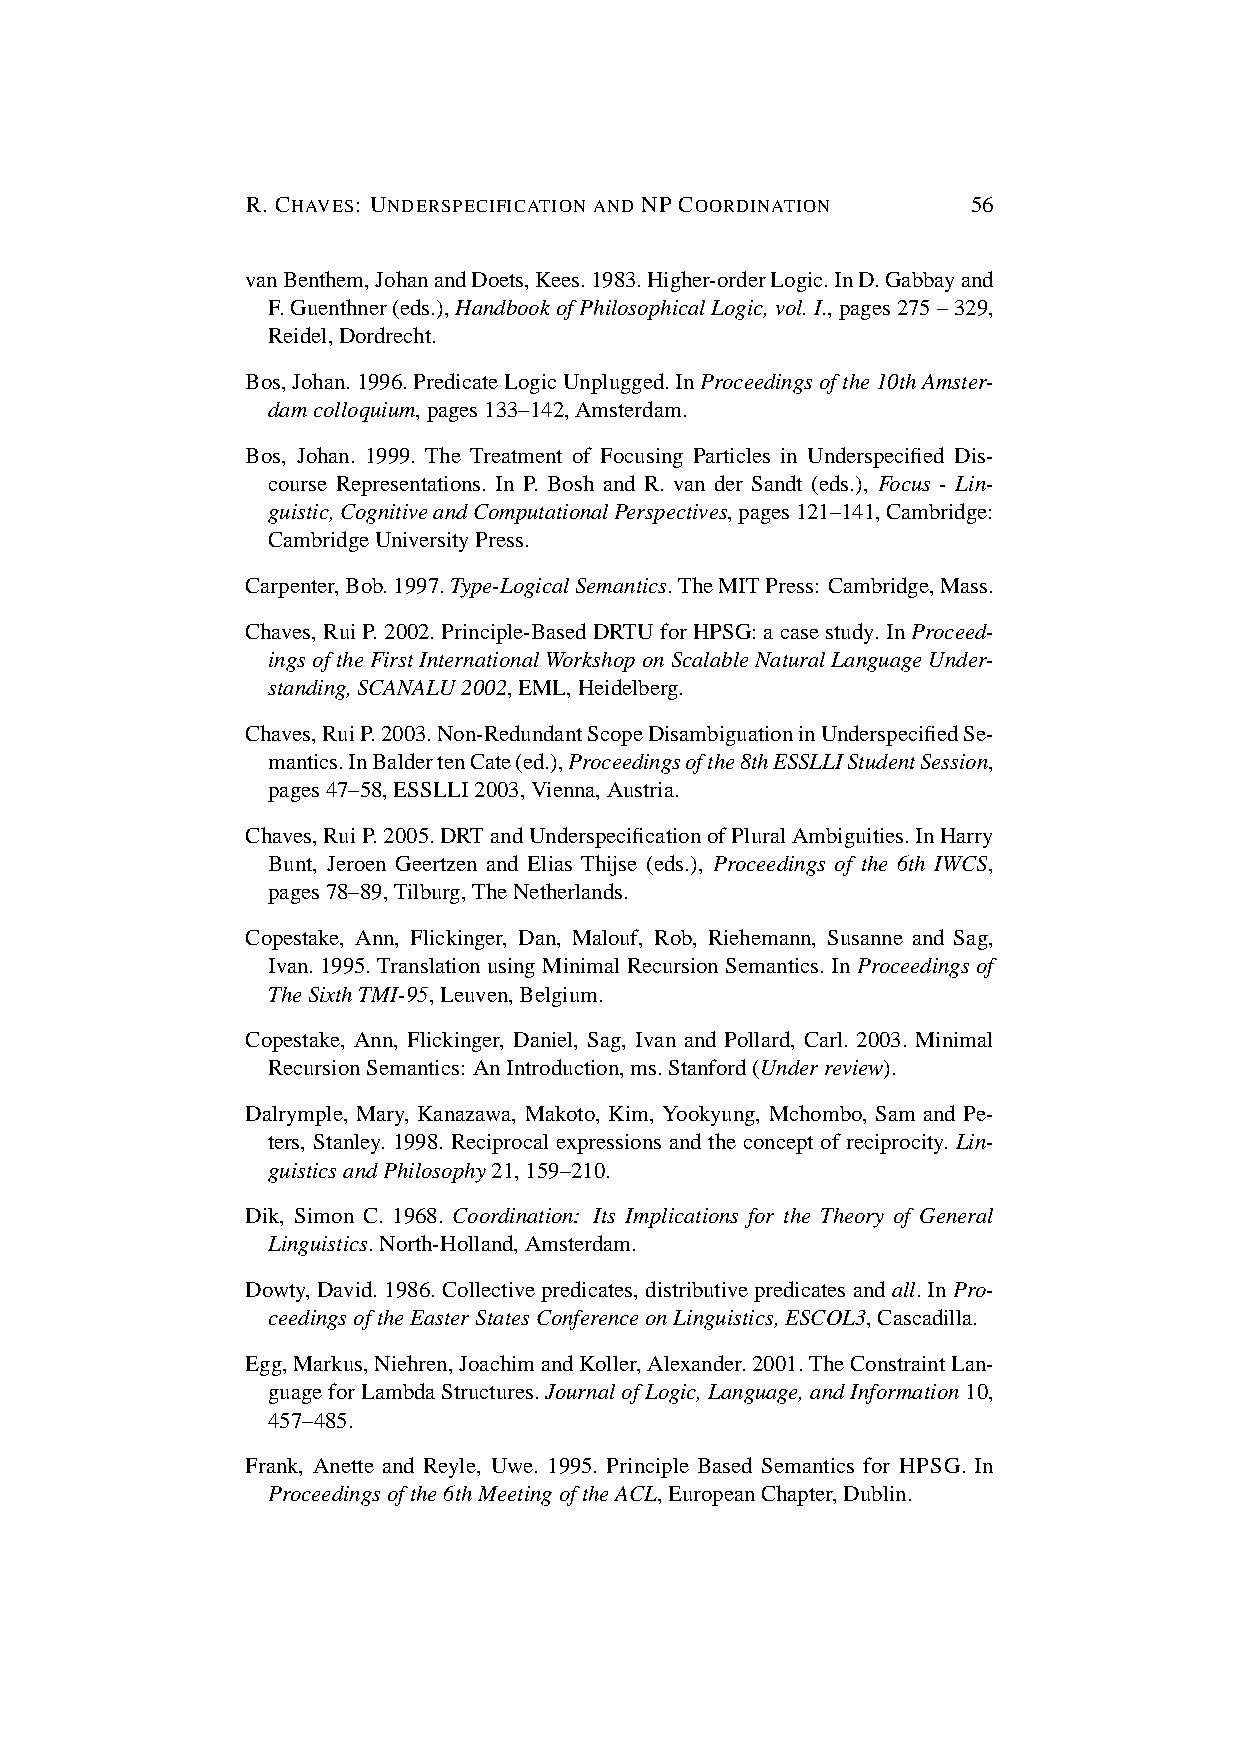
R. CHAVES: UNDERSPECIFICATION AND NP COORDINATION 56
 vanBenthem,JohanandDoets,Kees.1983.Higher-orderLogic.InD.Gabbayand
 F.Guenthner(eds.),HandbookofPhilosophicalLogic,vol.I.,pages275–329,
 Reidel,Dordrecht.
 Bos,Johan.1996.PredicateLogicUnplugged.InProceedingsofthe10thAmster-
 damcolloquium,pages133–142,Amsterdam.
 Bos, Johan. 1999. The Treatment of Focusing Particles in Underspecified Dis-
 course Representations. In P. Bosh and R. van der Sandt (eds.), Focus - Lin-
 guistic,CognitiveandComputationalPerspectives,pages121–141,Cambridge:
 CambridgeUniversityPress.
 Carpenter,Bob.1997.Type-LogicalSemantics.TheMITPress: Cambridge,Mass.
 Chaves,RuiP.2002.Principle-BasedDRTUforHPSG:acasestudy.InProceed-
 ingsoftheFirstInternationalWorkshoponScalableNaturalLanguageUnder-
 standing,SCANALU2002,EML,Heidelberg.
 Chaves,RuiP.2003.Non-RedundantScopeDisambiguationinUnderspecifiedSe-
 mantics.InBaldertenCate(ed.),Proceedingsofthe8thESSLLIStudentSession,
 pages47–58,ESSLLI2003,Vienna,Austria.
 Chaves,RuiP.2005.DRTandUnderspecificationofPluralAmbiguities.InHarry
 Bunt, Jeroen Geertzen and Elias Thijse (eds.), Proceedings of the 6th IWCS,
 pages78–89,Tilburg,TheNetherlands.
 Copestake, Ann, Flickinger, Dan, Malouf, Rob, Riehemann, Susanne and Sag,
 Ivan. 1995. Translation using Minimal Recursion Semantics. In Proceedings of
 TheSixthTMI-95,Leuven,Belgium.
 Copestake, Ann, Flickinger, Daniel, Sag, Ivan and Pollard, Carl. 2003. Minimal
 RecursionSemantics: AnIntroduction,ms.Stanford(Underreview).
 Dalrymple, Mary, Kanazawa, Makoto, Kim, Yookyung, Mchombo, Sam and Pe-
 ters, Stanley. 1998. Reciprocal expressions and the concept of reciprocity. Lin-
 guisticsandPhilosophy21,159–210.
 Dik, Simon C. 1968. Coordination: Its Implications for the Theory of General
 Linguistics.North-Holland,Amsterdam.
 Dowty, David. 1986. Collective predicates, distributive predicates and all. In Pro-
 ceedingsoftheEasterStatesConferenceonLinguistics,ESCOL3,Cascadilla.
 Egg,Markus,Niehren,JoachimandKoller,Alexander.2001.TheConstraintLan-
 guageforLambdaStructures.JournalofLogic,Language,andInformation10,
 457–485.
 Frank, Anette and Reyle, Uwe. 1995. Principle Based Semantics for HPSG. In
 Proceedingsofthe6thMeetingoftheACL,EuropeanChapter,Dublin.